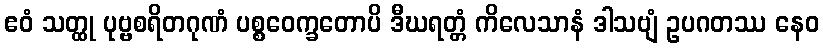
ဧဝံ သတ္ထု ပုဗ္ဗစရိတဂုဏံ ပစ္စဝေက္ခတောပိ ဒီဃရတ္တံ ကိလေသာနံ ဒါသဗျံ ဥပဂတဿ နေဝ